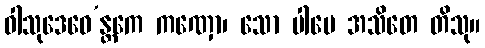
ဝါသုဒေဝေ’န္တကေ ကဏှော၊ သော ပါပေ အသိတေ တိသု။